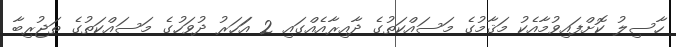
ހާސިލު ކޮށްފައިވުމާއެކު މަޤާމުގެ މަސައްކަތުގެ ދާއިރާއެއްގައި 2 އަަހަރު ދުވަހުގެ މަސައްކަތުގެ ތަޖުރިބާ